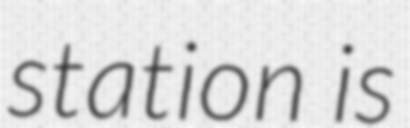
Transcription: station is